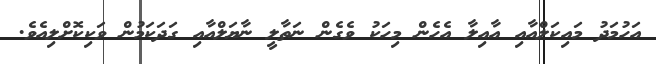
އަހުމަދު މައިކަލްއާއި އާއިލާ އެހެން މިހަކު ވެގެން ނަތާލީ ނާޔަލްއާއި ގަދަކަމުން ވަކިކޮށްލިއެވެ.